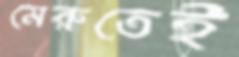
মেরুতেই